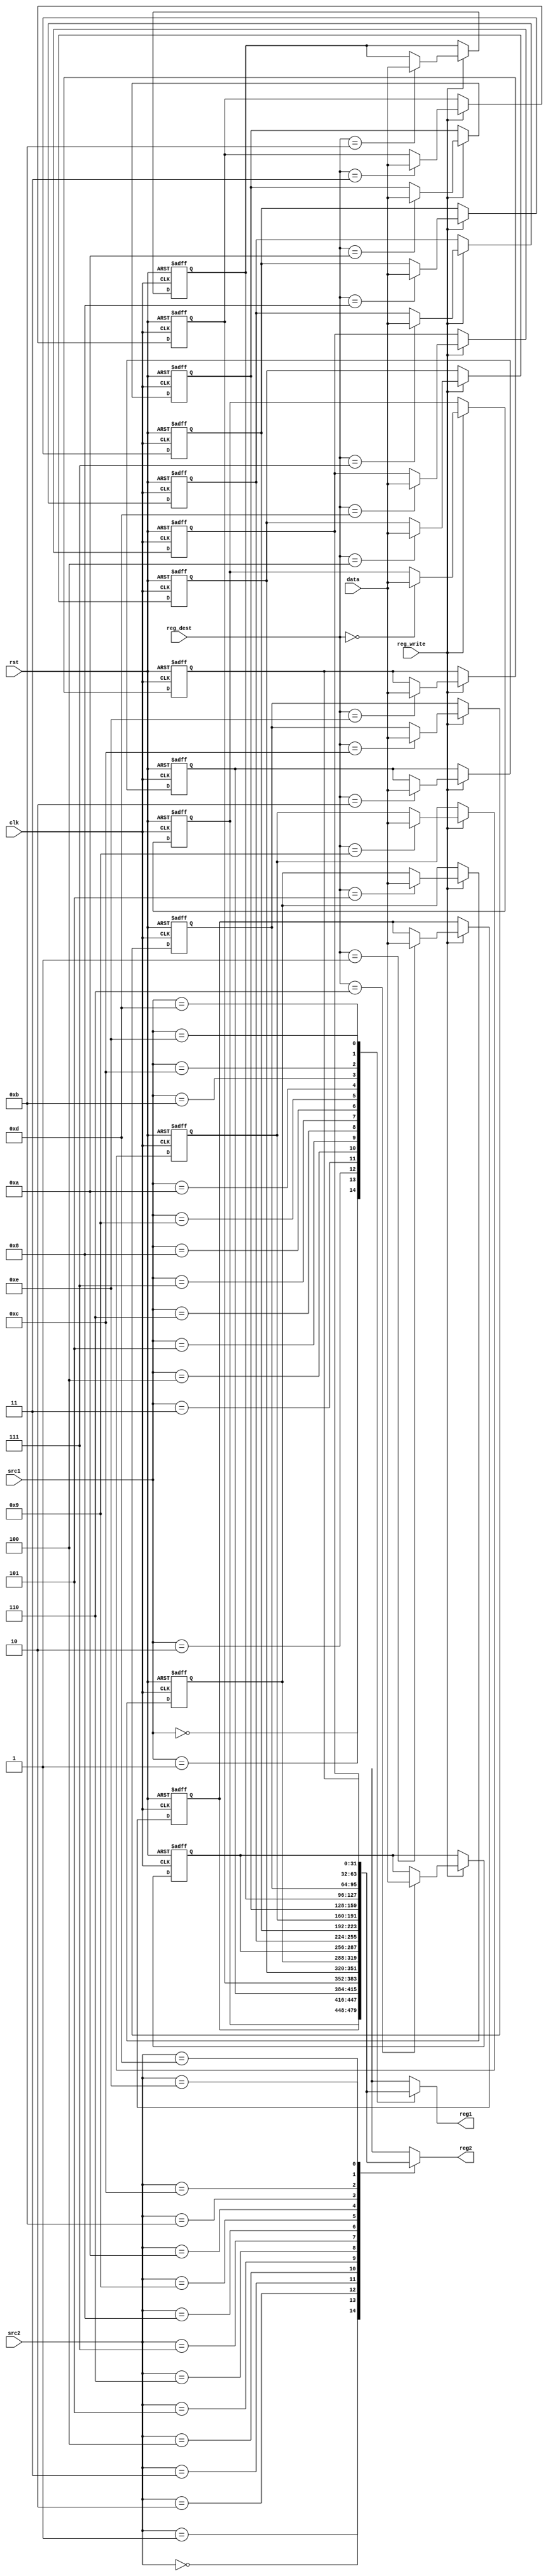
`timescale 1ns/1ns
module Register_File(
  clk, 
  rst,
  reg_write,
  src1, 
  src2,
  reg_dest,
  data,
  reg1, 
  reg2
);
  parameter count = 15;
  parameter size = 4;
  parameter len = 32;

  input clk, rst;
  input reg_write;
  input [size-1 : 0] src1, src2;
  input [size-1 : 0] reg_dest;
  input [len-1 : 0] data;
  output [len-1 : 0] reg1, reg2;

  reg [len-1 : 0] registers [0 : count-1];
  
  assign reg1 = registers[src1];
  assign reg2 = registers[src2];
  
  integer i;  
  always @(negedge clk, posedge rst) begin
    if(rst) begin
      for(i = 0; i < 15; i = i + 1)
          registers[i] <= i;
    end
    else begin
      if(reg_write)
          registers[reg_dest] <= data;
    end
  end
  
endmodule